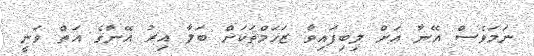
ނަމަވެސް އޭނާ އަށް ލިބިފައިވާ ޒަހަމްތަކަށް ބަލާ އިރު އޭނާގެ އަތް ވަނީ